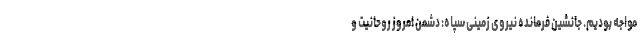
مواجه بودیم. جانشین فرمانده نیروی زمینی سپاه: دشمن امروز روحانیت و